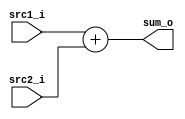
module Adder( src1_i, src2_i, sum_o);

//I/O ports
input	[15:0] src1_i;
input	[15:0] src2_i;
output	[15:0] sum_o;

//Internal Signals
wire	[15:0] sum_o;
    
//Main function
assign sum_o = src1_i + src2_i;

endmodule